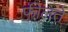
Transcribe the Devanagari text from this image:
फीलते